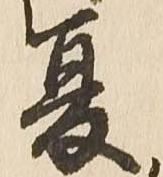
夏